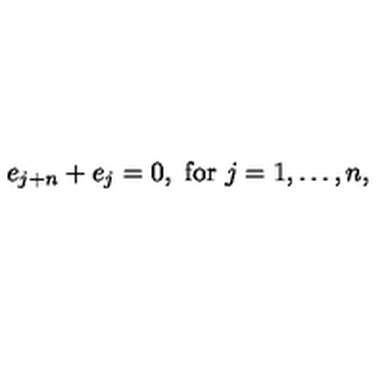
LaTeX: e _ { j + n } + e _ { j } = 0 , \mathrm { \ f o r \ } j = 1 , \ldots , n ,